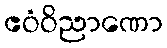
ဧဝံဝိညာဏော